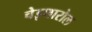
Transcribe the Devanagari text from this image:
चेइथारोल